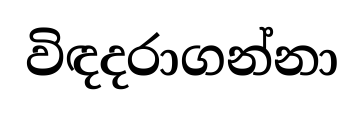
විඳදරාගන්නා